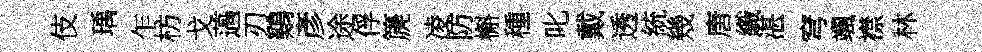
伎瑀乍枋戈薖刃鷄彥途俘篪凌防槲種叱戴透統幾唐織湛穹颯襟林